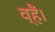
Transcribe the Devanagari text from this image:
व्हैं।